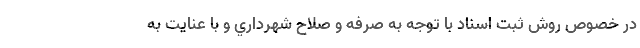
در خصوص روش ثبت اسناد با توجه به صرفه و صلاح شهرداري و با عنايت به